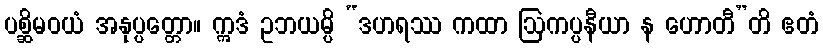
ပစ္ဆိမဝယံ အနုပ္ပတ္တော။ ဣဒံ ဥဘယမ္ပိ “ဒဟရဿ ကထာ ဩကပ္ပနီယာ န ဟောတီ”တိ ဧတံ